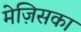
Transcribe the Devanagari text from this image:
मेज़िसका